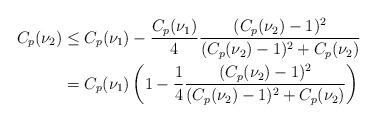
LaTeX: \begin{align*}C_p(\nu_2) &\leq C_p(\nu_1) - \frac{C_p(\nu_1) }{4 } \frac{(C_p(\nu_2) - 1)^2}{(C_p(\nu_2) - 1)^2 + C_p(\nu_2) } \\&=C_p(\nu_1)\left(1 - \frac{1}{4} \frac{(C_p(\nu_2) - 1)^2}{(C_p(\nu_2) - 1)^2 + C_p(\nu_2) } \right) \end{align*}